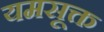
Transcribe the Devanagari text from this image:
यमसूक्त